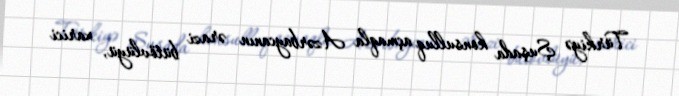
Türkiyə Şuşada konsulluq açmaqla Azərbaycanın ərazi bütövlüyü, xarici